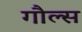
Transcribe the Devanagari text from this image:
गौल्स